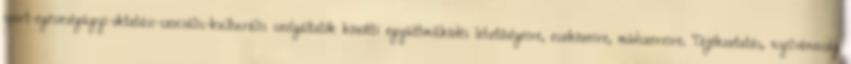
sport-egészségügyi-oktatási-szociális-kulturális szolgáltatók közötti együttműködés lehetőségeire, eszközeire, módszereire. Tájékoztatás, nyilvánosság